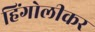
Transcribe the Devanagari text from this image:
हिंगोलीकर